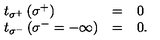
\begin{array} { l c l } { t _ { \sigma ^ { + } } \left( \sigma ^ { + } \right) } & { = } & { 0 } \\ { t _ { \sigma ^ { - } } \left( \sigma ^ { - } = - \infty \right) } & { = } & { 0 . } \\ \end{array}